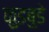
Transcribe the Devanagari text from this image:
कुडबुडे